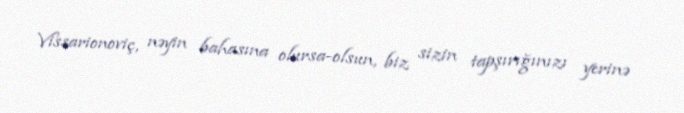
Vissarionoviç, nəyin bahasına olursa-olsun, biz sizin tapşırığınızı yerinə